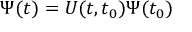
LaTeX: \Psi ( t ) = U ( t , t _ { 0 } ) \Psi ( t _ { 0 } )